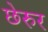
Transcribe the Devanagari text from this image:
छेरुर